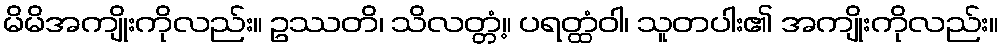
မိမိအကျိုးကိုလည်း။ ဥဿတိ၊ သိလတ္တံ့။ ပရတ္ထံဝါ၊ သူတပါး၏ အကျိုးကိုလည်း။